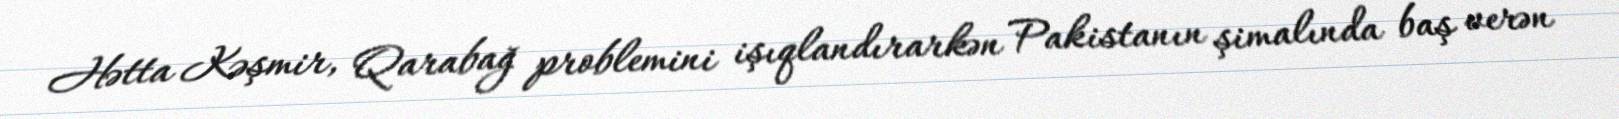
Hətta Kəşmir, Qarabağ problemini işıqlandırarkən Pakistanın şimalında baş verən